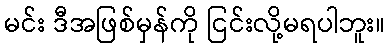
မင်း ဒီအဖြစ်မှန်ကို ငြင်းလို့မရပါဘူး။